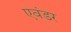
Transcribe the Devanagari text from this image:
एवंडर